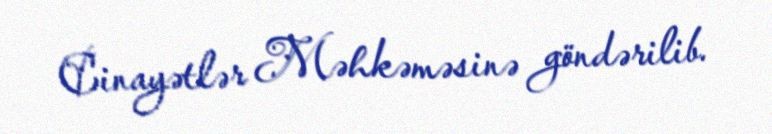
Cinayətlər Məhkəməsinə göndərilib.